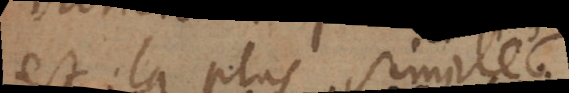
est la plus simple.